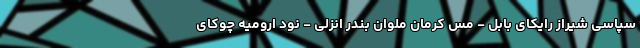
سپاسی شیراز رایکای بابل - مس کرمان ملوان بندر انزلی - نود ارومیه چوکای